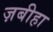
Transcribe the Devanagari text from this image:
ज़बीहा